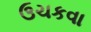
ઉચકવા